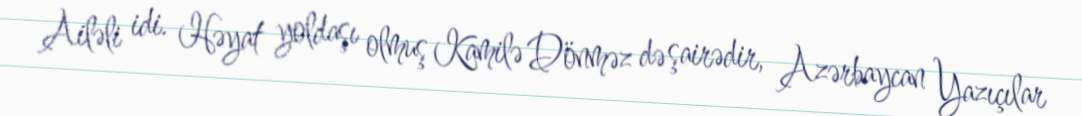
Ailəli idi. Həyat yoldaşı olmuş Kamilə Dönməz də şairədir, Azərbaycan Yazıçılar